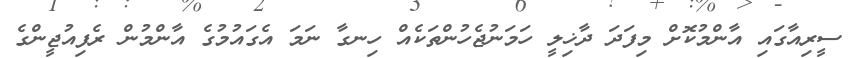
ސީރިއާގައި އާންމުކޮށް މިފަދަ ދާޚިލީ ހަމަނުޖެހުންތަކެއް ހިނގާ ނަމަ އެގައުމުގެ އާންމުން ރެފިއުޖީންގެ